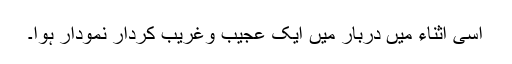
اسی اثناء میں دربار میں ایک عجیب وغریب کردار نمودار ہوا۔